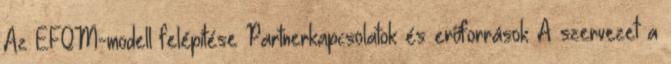
Az EFQM-modell felépítése Partnerkapcsolatok és erőforrások A szervezet a